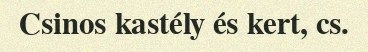
Csinos kastély és kert, cs.